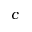
c